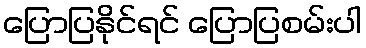
ပြောပြနိုင်ရင် ပြောပြစမ်းပါ